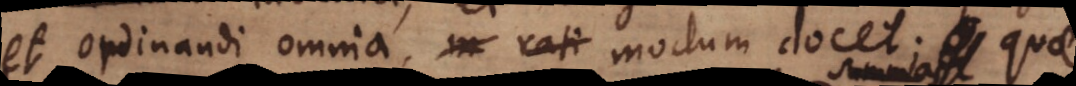
et ordinandi omnia modum docet; quae